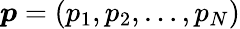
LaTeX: \boldsymbol{p}=\left(p_{1},p_{2},\dots,p_{N}\right)